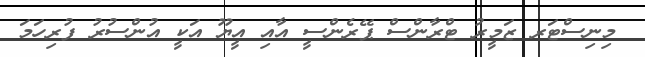
މިނިސްޓަރ ޒަމީރު ޓްރާންސް ޕޭރެންސީ އާއި އީޔޫ އަކީ އުންސުރު ފުރިހަމަ